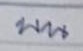
บน